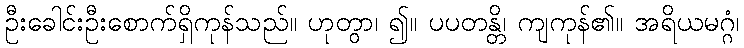
ဦးခေါင်းဦးစောက်ရှိကုန်သည်။ ဟုတွာ၊ ၍။ ပပတန္တိ၊ ကျကုန်၏။ အရိယမဂ္ဂံ၊